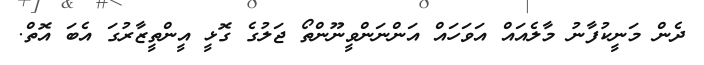
ދެން މަނީކުފާނު މާލެއައް އަވަހައް އަންނަންވީނޫންތޯ ޖަލުގެ ގޮޅީ އީންތީޒާރުގަ އެބަ އޮތް.